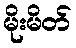
မိုးမိတ်